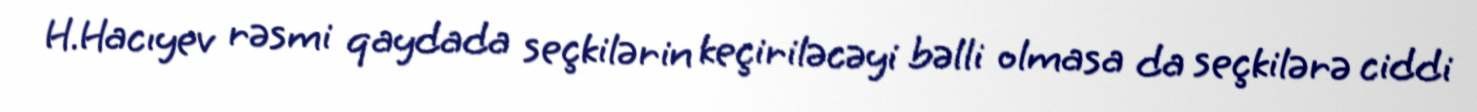
H.Hacıyev rəsmi qaydada seçkilərin keçiriləcəyi bəlli olmasa da seçkilərə ciddi